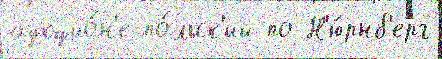
аукцио́н'е по́льск'ий по Н'ю́рнб'ерг